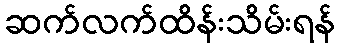
ဆက်လက်ထိန်းသိမ်းရန်